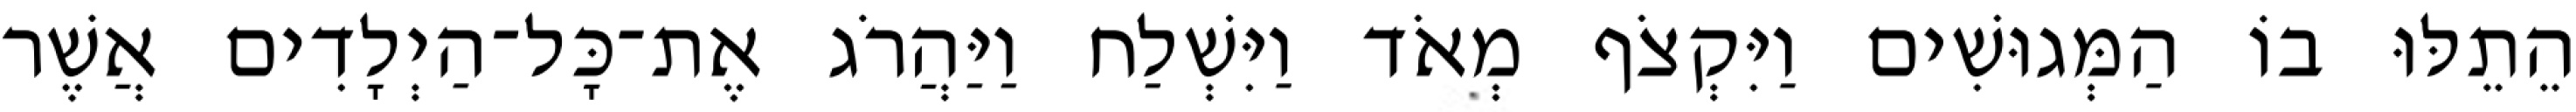
הֵתֵלּוּ בוֹ הַמְּגוּשִׁים וַיִּקְצֹף מְאֹד וַיִּשְׁלַח וַיַּהֲרֹג אֶת־כָּל־הַיְלָדִים אֲשֶׁר